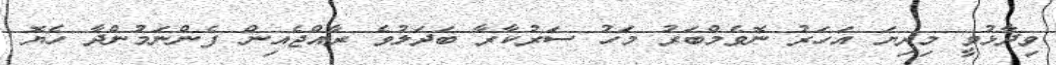
ވިދާޅުވީ މިދިޔަ އަހަރު ނޮވެމްބަރު މަހު ސަރުކާރާ ބަދަލުވެ ރާއްޖެއިން ފެންނަމުންދާ ހެޔޮ